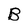
Character: B